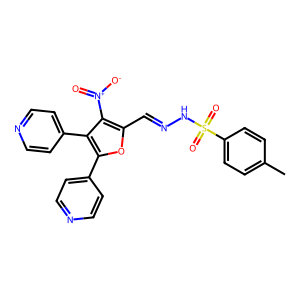
SMILES: Cc1ccc(S(=O)(=O)NN=Cc2oc(-c3ccncc3)c(-c3ccncc3)c2[N+](=O)[O-])cc1
Inhibits HIV replication: No